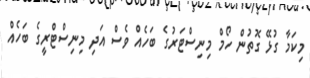
މިކަމާ ގުޅޭ ގޮތުން ހޯމް މިނިސްޓަރުގެ ބަހެއް ވެސް އަދި މިނިސްޓްރީގެ ބަހެއް